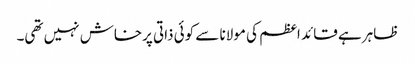
ظاہر ہے قائد اعظم کی مولانا سے کوئی ذاتی پرخاش نہیں تھی۔